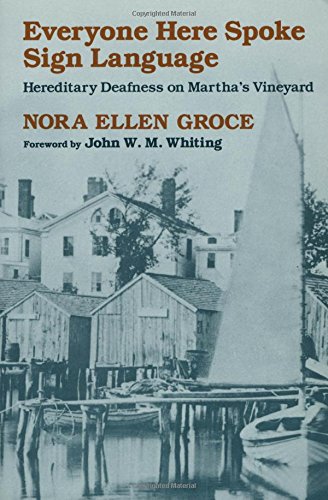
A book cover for Everyone Here Spoke Sign Language: Hereditary Deafness on Martha's Vineyard; Nora Ellen Groce; Reference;